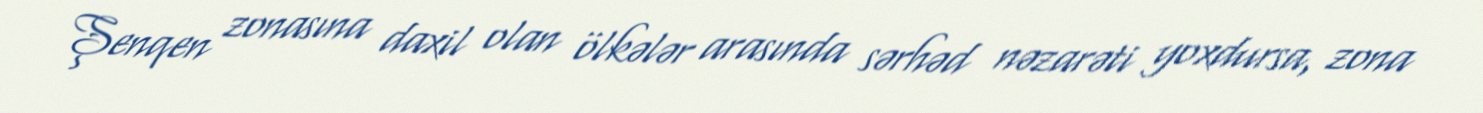
Şenqen zonasına daxil olan ölkələr arasında sərhəd nəzarəti yoxdursa, zona